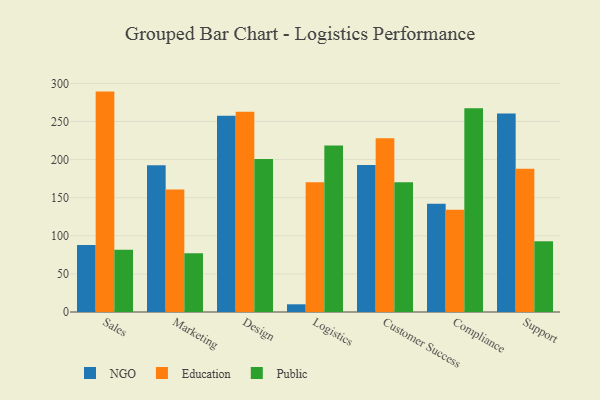
{"axis": {"x": "Department", "y": "Customer Acquisition Cost (USD)"}, "legend": ["Education", "NGO", "Public"], "data": [{"x": "Sales", "y": 88.0, "type": "NGO"}, {"x": "Sales", "y": 289.2, "type": "Education"}, {"x": "Sales", "y": 81.6, "type": "Public"}, {"x": "Marketing", "y": 192.4, "type": "NGO"}, {"x": "Marketing", "y": 160.9, "type": "Education"}, {"x": "Marketing", "y": 77.2, "type": "Public"}, {"x": "Design", "y": 257.5, "type": "NGO"}, {"x": "Design", "y": 262.8, "type": "Education"}, {"x": "Design", "y": 200.6, "type": "Public"}, {"x": "Logistics", "y": 10.1, "type": "NGO"}, {"x": "Logistics", "y": 170.2, "type": "Education"}, {"x": "Logistics", "y": 218.4, "type": "Public"}, {"x": "Customer Success", "y": 192.8, "type": "NGO"}, {"x": "Customer Success", "y": 228.1, "type": "Education"}, {"x": "Customer Success", "y": 170.2, "type": "Public"}, {"x": "Compliance", "y": 142.2, "type": "NGO"}, {"x": "Compliance", "y": 134.1, "type": "Education"}, {"x": "Compliance", "y": 267.2, "type": "Public"}, {"x": "Support", "y": 260.6, "type": "NGO"}, {"x": "Support", "y": 187.9, "type": "Education"}, {"x": "Support", "y": 92.8, "type": "Public"}]}